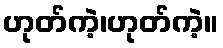
ဟုတ်ကဲ့၊ဟုတ်ကဲ့။